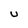
Character: U